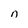
Character: n